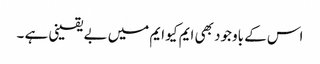
اس کے باوجود بھی ایم کیو ایم میں بے یقینی ہے ۔